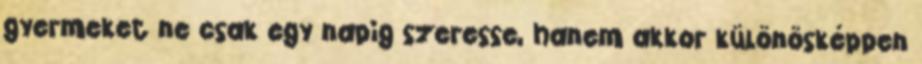
gyermeket ne csak egy napig szeresse, hanem akkor különösképpen